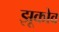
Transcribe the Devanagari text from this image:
झूकोव